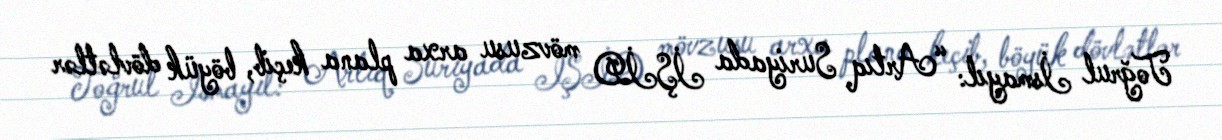
Toğrul İsmayıl: “Artıq Suriyada İŞİD mövzusu arxa plana keçib, böyük dövlətlər